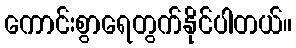
ကောင်းစွာရေတွက်နိုင်ပါတယ်။